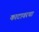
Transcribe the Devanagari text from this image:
काटावरचा